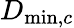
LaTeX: D_{\operatorname*{min},c}